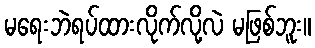
မရေးဘဲရပ်ထားလိုက်လို့လဲ မဖြစ်ဘူး။